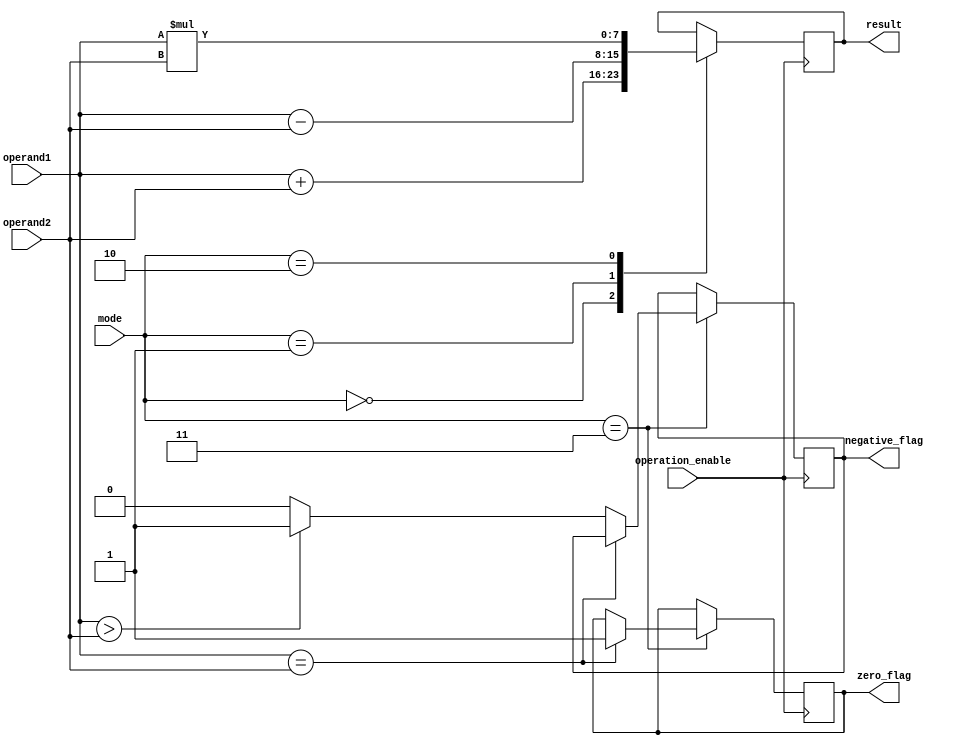
module ALU(input [7:0] operand1, operand2,
           input [1:0] mode,
           input operation_enable,
           output reg [7:0] result,
           output reg zero_flag,
           output reg negative_flag);

   always @(posedge operation_enable) begin
       case(mode)
           2'b00: // Addition mode
               result <= operand1 + operand2;
           2'b01: // Subtraction mode
               result <= operand1 - operand2;
           2'b10: // Multiplication mode
               result <= operand1 * operand2;
           2'b11: // Comparison mode
               if(operand1 == operand2)
                   zero_flag <= 1;
               else if(operand1 > operand2)
                   negative_flag <= 1;
               else
                   negative_flag <= 0;
           default: result <= 8'd0;
       endcase
   end

endmodule